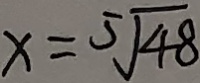
x = 5 \sqrt { 4 8 }